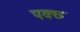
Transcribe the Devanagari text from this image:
पक्छ